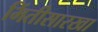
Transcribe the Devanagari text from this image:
भिंतीसारखा